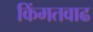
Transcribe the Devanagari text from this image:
किंमतवाढ